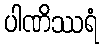
ပါဏိဿရံ